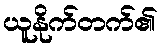
ယူနိုက်တက်၏